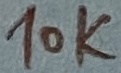
Text: 10K